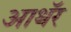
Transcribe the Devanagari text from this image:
आथॅर